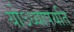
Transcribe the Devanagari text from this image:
योऽध्यापयति